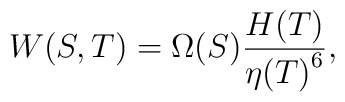
{W(S,T) = {\Omega (S) {H(T) \over{{\eta (T)}^6}}}} ,